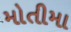
મોતીમા